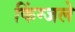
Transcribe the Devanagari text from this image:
किंग्जले